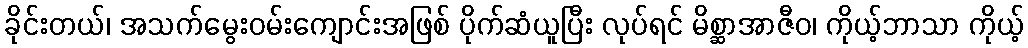
ခိုင်းတယ်၊ အသက်မွေးဝမ်းကျောင်းအဖြစ် ပိုက်ဆံယူပြီး လုပ်ရင် မိစ္ဆာအာဇီဝ၊ ကိုယ့်ဘာသာ ကိုယ့်